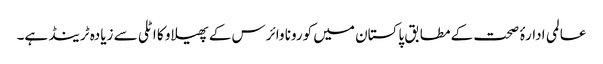
عالمی ادارۂ صحت کے مطابق پاکستان میں کورونا وائرس کے پھیلاو کا اٹلی سے زیادہ ٹرینڈ ہے۔